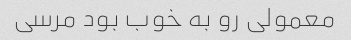
معمولی رو به خوب بود مرسی